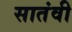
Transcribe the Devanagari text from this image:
सातंवी